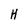
Character: H